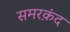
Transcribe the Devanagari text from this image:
समरक़ंद